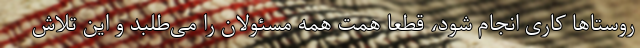
روستاها کاری انجام شود، قطعا همت همه مسئولان را می‌طلبد و این تلاش